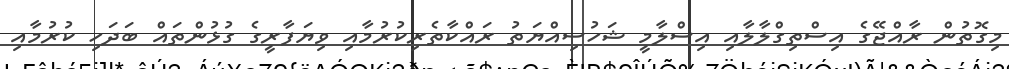
މިގޮތުން ރާއްޖޭގެ އިސްތިގްލާލާއި އިސްލާމީ ޝަހުސިއްޔަތު ރައްކާތެރިކުރުމާއި ވިޔަފާރީގެ ގުޅުންތައް ބަދަހި ކުރުމާއި